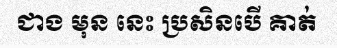
ជាង មុន នេះ ប្រសិនបើ គាត់